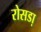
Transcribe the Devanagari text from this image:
रोसडा़